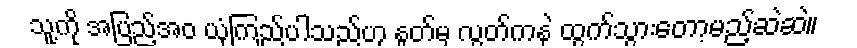
သူ့ကို အပြည့်အဝ ယုံကြည်ပါသည်ဟု နှုတ်မှ လွှတ်ကနဲ ထွက်သွားတော့မည့်ဆဲဆဲ။